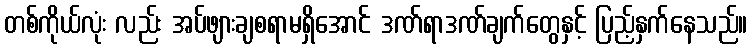
တစ်ကိုယ်လုံး လည်း အပ်ဖျားချစရာမရှိအောင် ဒဏ်ရာဒဏ်ချက်တွေနှင့် ပြည့်နှက်နေသည်။